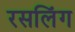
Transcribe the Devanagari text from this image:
रसलिंग